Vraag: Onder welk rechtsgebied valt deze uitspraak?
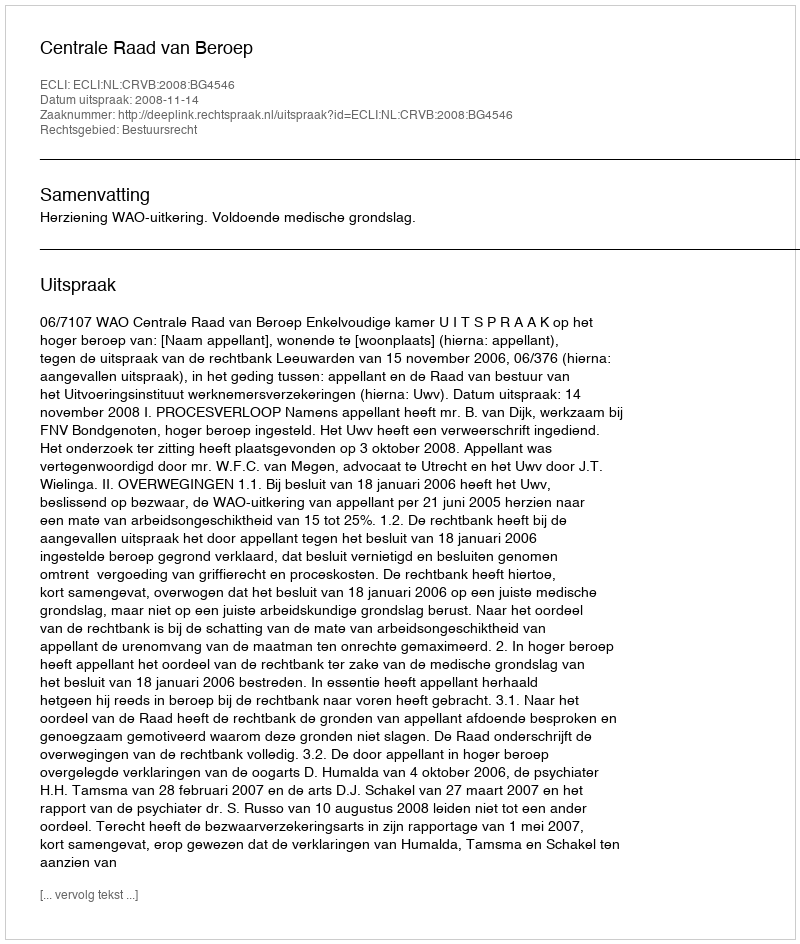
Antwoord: Bestuursrecht